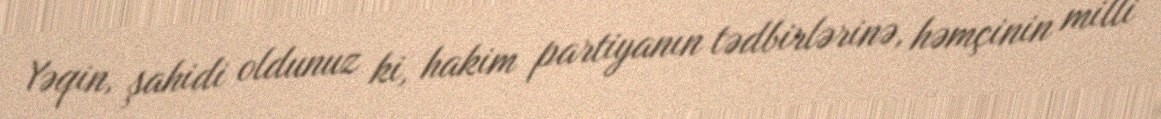
Yəqin, şahidi oldunuz ki, hakim partiyanın tədbirlərinə, həmçinin milli